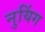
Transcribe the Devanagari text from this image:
नुयिंग